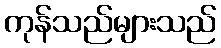
ကုန်သည်များသည်